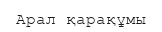
Арал қарақұмы